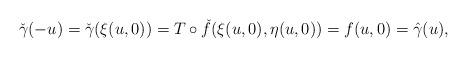
LaTeX: \begin{align*} \check \gamma(-u) =\check \gamma(\xi(u,0))= T\circ \check f(\xi(u,0),\eta(u,0))=f(u,0)=\hat \gamma(u),\end{align*}